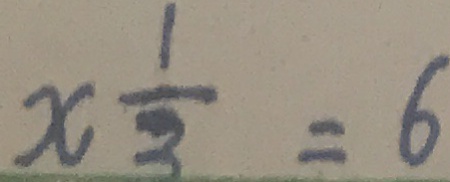
x \frac { 1 } { 3 } = 6